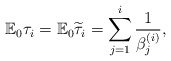
\begin{align*} \mathbb{E}_0\tau_i=\mathbb{E}_0\widetilde{\tau}_i=\sum_{j=1}^i\frac{1}{\beta^{(i)}_j},\end{align*}